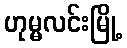
ဟုမ္မလင်းမြို့